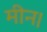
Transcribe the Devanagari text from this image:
मीन।